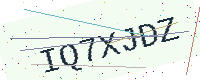
Text: IQ7XJDZ